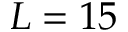
L = 1 5